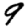
Digit: 9